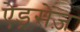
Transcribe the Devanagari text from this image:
ऐड्रसेज़